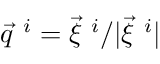
\vec { q } ^ { \ i } = \vec { \xi } ^ { \ i } / | \vec { \xi } ^ { \ i } |